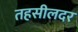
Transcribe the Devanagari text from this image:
तहसीलदर